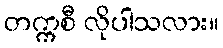
တက္ကစီ လိုပါသလား။